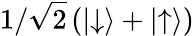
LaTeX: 1/\sqrt{2}\left(|{\downarrow}\rangle+|{\uparrow}\rangle\right)